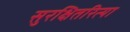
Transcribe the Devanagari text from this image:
सुरक्षितरित्या